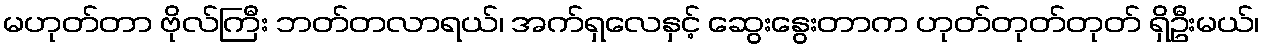
မဟုတ်တာ ဗိုလ်ကြီး ဘတ်တလာရယ်၊ အက်ရှလေနှင့် ဆွေးနွေးတာက ဟုတ်တုတ်တုတ် ရှိဦးမယ်၊